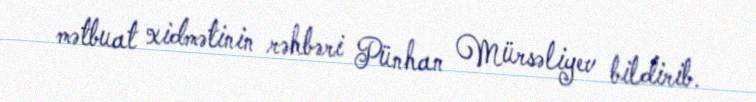
mətbuat xidmətinin rəhbəri Pünhan Mürsəliyev bildirib.